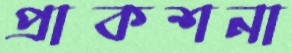
প্রাকশনা